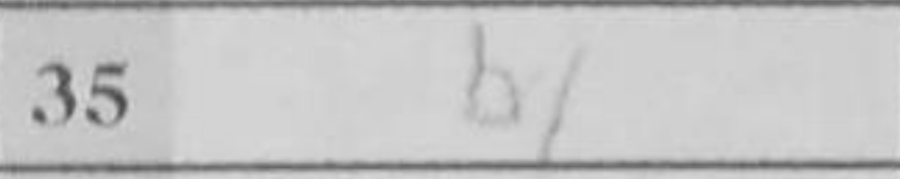
Transcription: b4